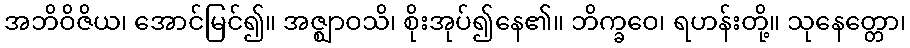
အဘိဝိဇိယ၊ အောင်မြင်၍။ အဇ္ဈာဝသိ၊ စိုးအုပ်၍နေ၏။ ဘိက္ခဝေ၊ ရဟန်းတို့။ သုနေတ္တော၊